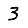
Digit: 3